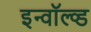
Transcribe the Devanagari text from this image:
इन्वॉल्व्ड